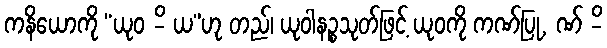
ကနိယောကို “ယုဝ -ိ ယ”ဟု တည်၊ ယုဝါနဉ္စသုတ်ဖြင့် ယုဝကို ကဏ်ပြု, ဏ် -ိ